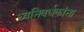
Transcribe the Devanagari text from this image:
ध्वनिवर्धकांना